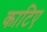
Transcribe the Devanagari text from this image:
काटिए